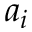
a _ { i }